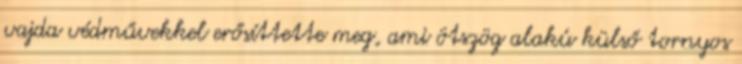
vajda védművekkel erősíttette meg, ami ötszög alakú külső tornyos